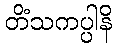
တိံသကပ္ပါနိ